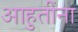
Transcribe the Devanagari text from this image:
आहुतींना